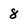
Character: 8